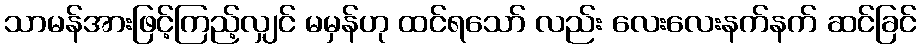
သာမန်အားဖြင့်ကြည့်လျှင် မမှန်ဟု ထင်ရသော် လည်း လေးလေးနက်နက် ဆင်ခြင်